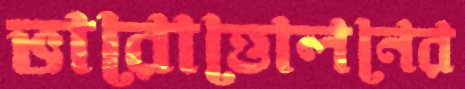
ভারোত্তোলনের